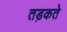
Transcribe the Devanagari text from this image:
तड़कते